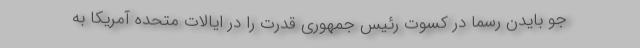
جو بایدن رسما در کسوت رئیس جمهوری قدرت را در ایالات متحده آمریکا به